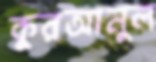
কুরআনুল